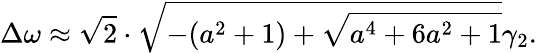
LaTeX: \Delta\omega\approx\sqrt{2}\cdot\sqrt{-(a^{2}+1)+\sqrt{a^{4}+6a^{2}+1}}\gamma_{2}.